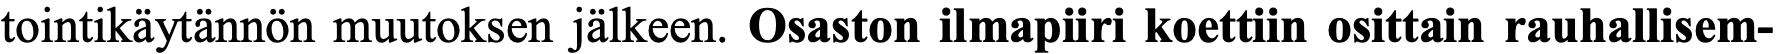
tointikäytännön muutoksen jälkeen. Osaston ilmapiiri koettiin osittain rauhallisem-